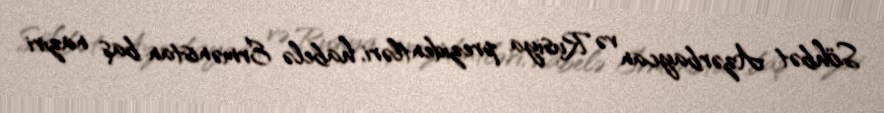
Söhbət Azərbaycan və Rusiya prezidentləri, habelə Ermənistan baş naziri